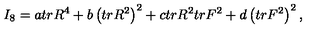
I _ { 8 } = a t r R ^ { 4 } + b \left( t r R ^ { 2 } \right) ^ { 2 } + c t r R ^ { 2 } t r F ^ { 2 } + d \left( t r F ^ { 2 } \right) ^ { 2 } ,